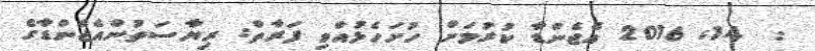
:  14